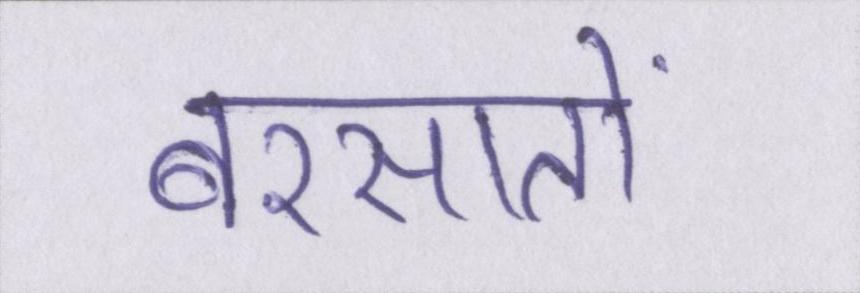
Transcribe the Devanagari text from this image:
बरसातों